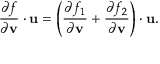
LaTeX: { \frac { \partial f } { \partial \mathbf { v } } } \cdot \mathbf { u } = \left( { \frac { \partial f _ { 1 } } { \partial \mathbf { v } } } + { \frac { \partial f _ { 2 } } { \partial \mathbf { v } } } \right) \cdot \mathbf { u } .